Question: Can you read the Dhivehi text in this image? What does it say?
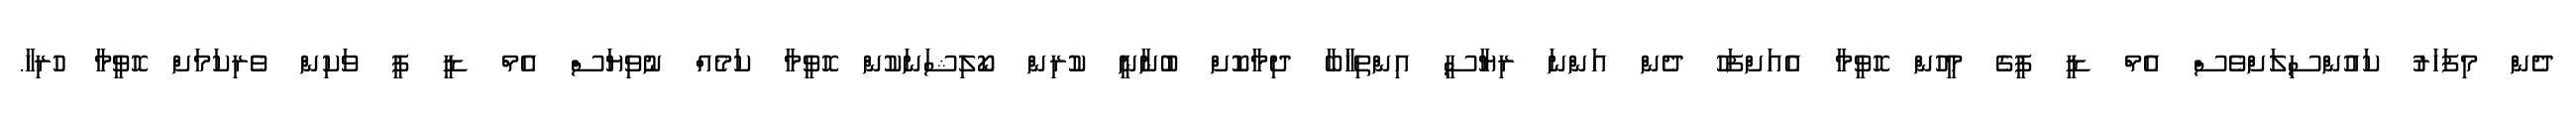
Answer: ދެން މިފަހަރު ކައުންސިލަށްވެސް އެމް ޑީ ޕީގެ މީހުން ހޮވީމާ އެއަށްފަހު ދެން އަންނަ ރިޔާސީ އިންތިޚާބާ ދިމާކޮށް ބުނާނީ ކުރިން ކޯލިޝަނަކުން ހޮވީމާ ކަމެއް ނުވިޔަސް އެމް ޑީ ޕީ ވަކިން ވެރިކަމަށް ހޮވީމާ ހުރިހާ.